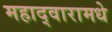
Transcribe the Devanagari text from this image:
महाद्वारामधे